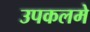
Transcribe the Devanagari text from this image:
उपकलमे